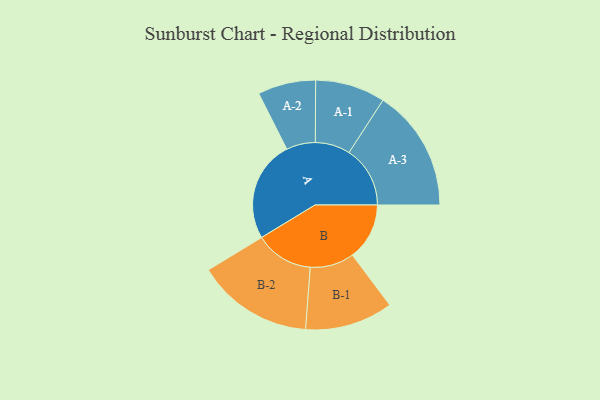
{"axis": {"x": "Segment", "y": "Value"}, "legend": ["", "A", "B"], "data": [{"x": "A", "y": 492, "type": ""}, {"x": "B", "y": 277, "type": ""}, {"x": "A-1", "y": 170, "type": "A"}, {"x": "A-2", "y": 141, "type": "A"}, {"x": "A-3", "y": 297, "type": "A"}, {"x": "B-1", "y": 214, "type": "B"}, {"x": "B-2", "y": 283, "type": "B"}]}